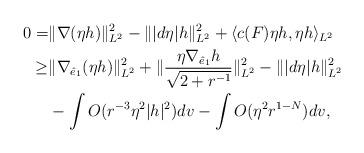
LaTeX: \begin{align*}0 =&\|\nabla (\eta h)\|^2_{L^2} - \||d\eta | h\|^2_{L^2} + \langle c(F)\eta h,\eta h\rangle_{L^2}\\\geq& \|\nabla_{\hat e_1} (\eta h)\|^2_{L^2} +\|\frac{\eta \nabla_{\hat e_1} h}{\sqrt{2+r^{-1}}}\|^2_{L^2} - \||d\eta | h\|^2_{L^2} \\&-\int O(r^{-3}\eta ^2|h|^2)dv-\int O(\eta ^2r^{1- N})dv,\end{align*}